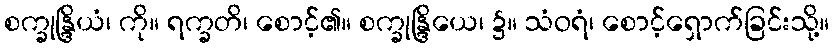
စက္ခုန္ဒြိယံ၊ ကို။ ရက္ခတိ၊ စောင့်၏။ စက္ခုန္ဒြိယေ၊ ၌။ သံဝရံ၊ စောင့်ရှောက်ခြင်းသို့။